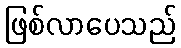
ဖြစ်လာပေသည်